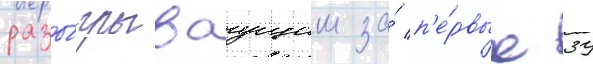
разы́грываущим за́ п'е́рвые 39